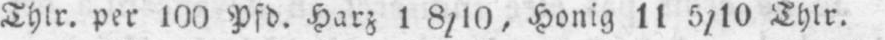
Thlr. per 100 Pdf. Harz 1 8/10, Honig 11 5/10 Thlr.